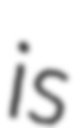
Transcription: is